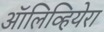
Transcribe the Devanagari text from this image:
ऑलिव्हियेरा